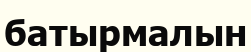
батырмалын